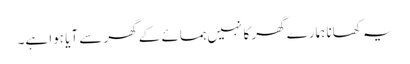
یہ کھانا ہمارے گھر کا نہیں ہمسائے کے گھر سے آیا ہوا ہے۔